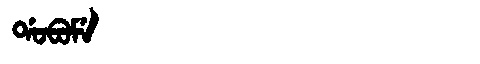
Manchu: ᡩᠣᠪᠣᠮᡝ
Romanization: DOBOME